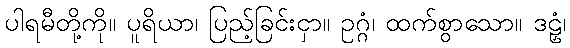
ပါရမီတို့ကို။ ပူရိယာ၊ ပြည့်ခြင်းငှာ။ ဥဂ္ဂံ၊ ထက်စွာသော။ ဒဠှံ၊